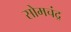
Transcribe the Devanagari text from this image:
सोमचंद्र